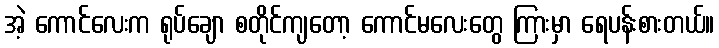
အဲ့ ကောင်လေးက ရုပ်ချော စတိုင်ကျတော့ ကောင်မလေးတွေ ကြားမှာ ရေပန်းစားတယ်။